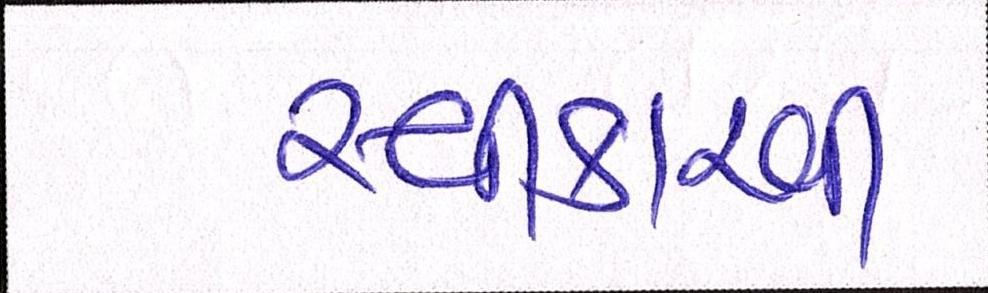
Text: સ્વીકારવી